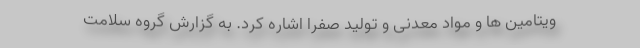
ویتامین ها و مواد معدنی و تولید صفرا اشاره کرد. به گزارش گروه سلامت